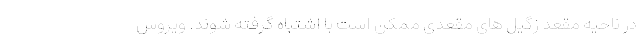
در ناحیه مقعد زگیل های مقعدی ممکن است با اشتباه گرفته شوند. ویروس